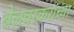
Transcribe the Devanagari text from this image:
बेलवरकरांच्या